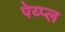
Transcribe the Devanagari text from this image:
पेय्प्ल